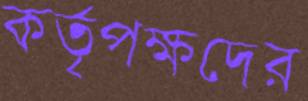
কর্তৃপক্ষদের